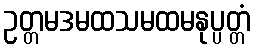
ဥတ္တမဒမထသမထမနုပ္ပတ္တံ